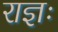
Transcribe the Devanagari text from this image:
राज्ञः